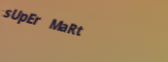
sUpEr MaRt